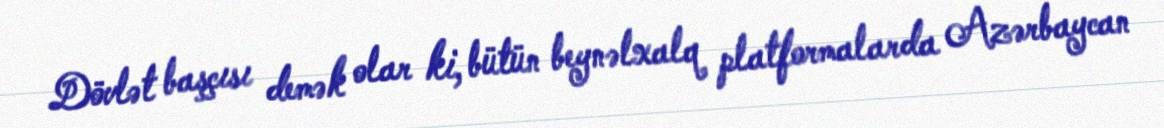
Dövlət başçısı demək olar ki, bütün beynəlxalq platformalarda Azərbaycan